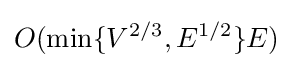
O(\min\{V^{2/3},E^{1/2}\}E)